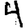
Digit: 4